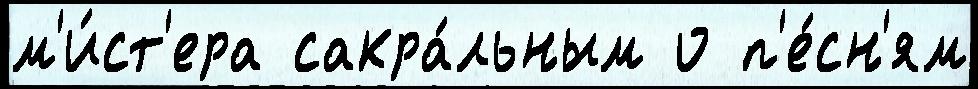
м'и́ст'ера сакра́льным о п'е́сн'ям